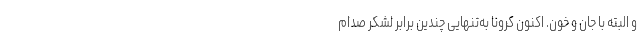
و البته با جان و خون. اکنون کرونا به‌تنهایی چندین برابر لشکر صدام